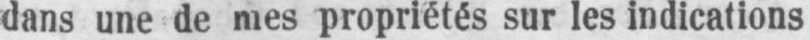
dans une de mes propriétés sur les indications